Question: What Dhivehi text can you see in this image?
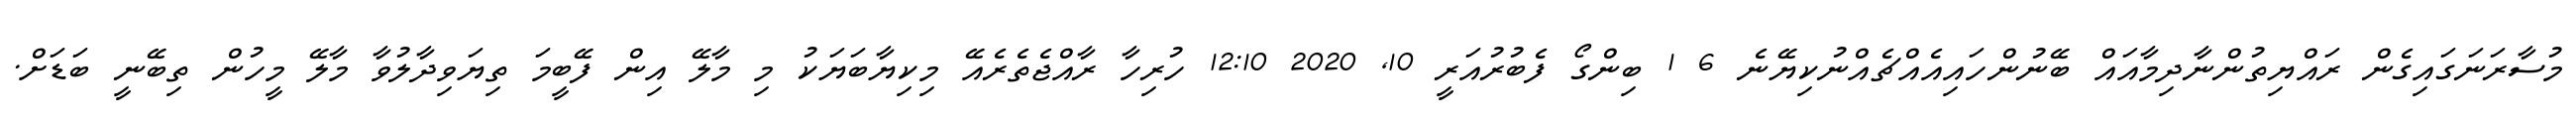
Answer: މުސާރަނަގައިގެން ރައްޔިތުންނާދިމާއައް ބޭނުންހައިއެއްޗެއްނުކިޔޭނެ 6 1 ބިންގޯ ފެބުރުއަރީ 10, 2020 12:10 ހުރިހާ ރާއްޖެތެރެއޭ މިކިޔާބަޔަކު މި މާލޭ އިން ފޭބީމަ ތިޔަވިދާލުވާ މާލޭ މީހުން ތިބޭނީ ބަޑަށް.